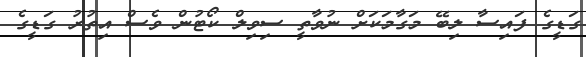
ގަޑީގެ ފައިސާ ލިބޭ މަގާމަކަށް ނުވާތީ ސިވިލް ކޯޓުން ވެސް އިތުރު ގަޑީގެ